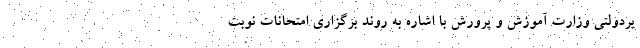
یردولتی وزارت آموزش و پرورش با اشاره به روند برگزاری امتحانات نوبت